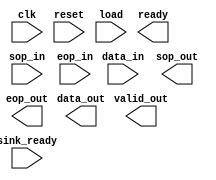

module BCH_enc (
	clk,
	reset,
	load,
	ready,
	sop_in,
	eop_in,
	data_in,
	valid_out,
	sink_ready,
	sop_out,
	eop_out,
	data_out);	

	input		clk;
	input		reset;
	input		load;
	output		ready;
	input		sop_in;
	input		eop_in;
	input	[7:0]	data_in;
	output		valid_out;
	input		sink_ready;
	output		sop_out;
	output		eop_out;
	output	[7:0]	data_out;
endmodule